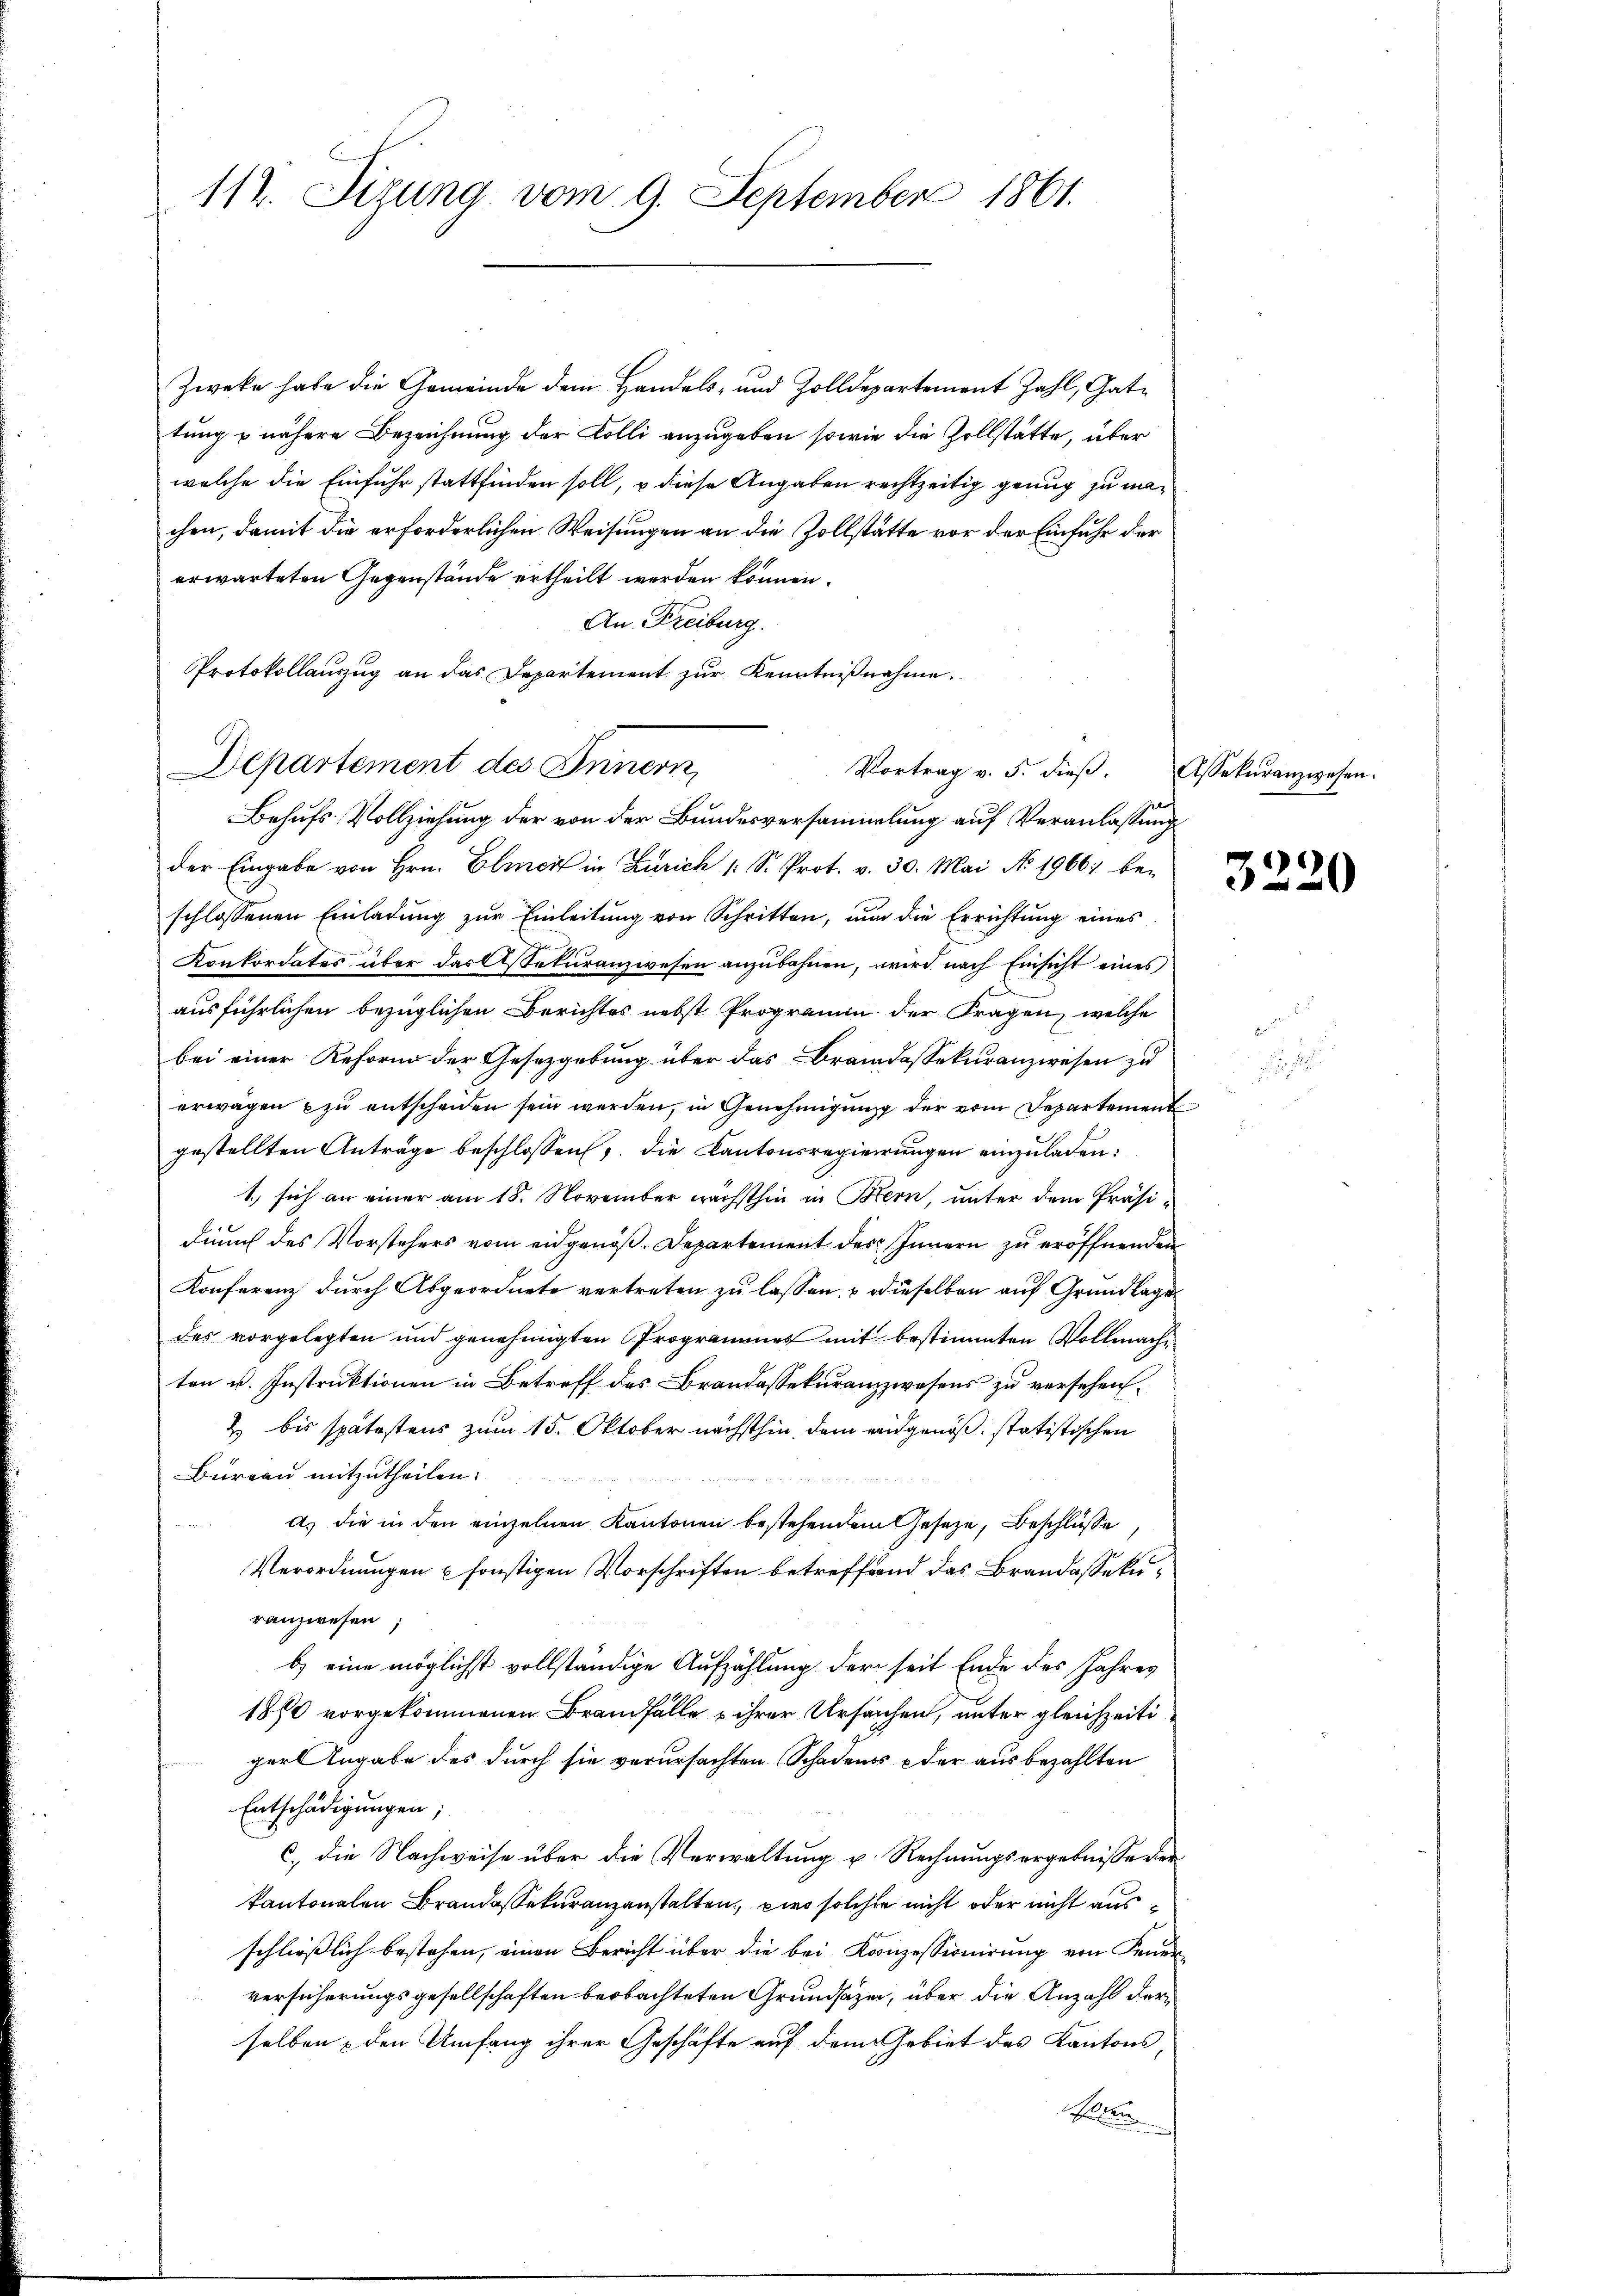
112. Sizung vom 9. September 1861.

Zwecke habe die Gemeinde dem Handels- und Zolldepartement Zahl, Gattung u nähere Bezeichnung der Kolli anzugeben, sowie die Zollstätte, über
welche die Einfuhr stattfinden soll, u diese Angaben rechtzeitig genug zu machen, damit die erforderlichen Weisungen an die Zollstätte vor der Einfuhr der
erwarteten Gegenstände ertheilt werden können.
An Freiburg.
Protokollanzug an das Departement zur Kenntnißnahme.
Departement des Innern,
Behufs Vollziehung der von der Bundesversammlung auf Veranlassung
der Eingabe von Hrn. Elmer in Zürich 1 S. Prot. v. 30. Mai No 19667 be-
schlossenen Einladung zur Einleitung von Schritten, nun die Errichtung eines
Konkordates über das Assekuranzwesen anzubahnen, wird nach Einsicht eines
ausführlichen bezüglichen Berichtes nebst Programm der Fragen, welche
bei einer Reform der Gesetzgebung über das Brandassekuranzwesen zu
erwägen zu entscheiden sein werden, in Genehmigung der vom Departement
gestellten Anträge beschlossen, die Kantonsregierungen einzuladen:
1.) sich an einer am 18. November nächsthin in Bern, unter dem Präsidurch des Vorstehers vom eidgenöß. Departement des Innern zu eröffnenden
Konferenz durch Abgeordnete vertreten zu lassen, & dieselben auf Grundlage
des vorgelegten und genehmigten Programmes mit bestimmten Vollmachten u. Instruktionen in Betreff des Brandassekuranzwesens zu versehen.
2 bis spätestens zum 15. Oktober nächsthin, dem eidgenöß statistischen
Büreau mitzutheilen.

A. die in den einzelnen Kantonen bestehendem Geseze, Beschlüsse
Verordnungen u sonstigen Vorschriften betreffend das Brandassekuranzwesen.
b) eine möglichst vollständige Aufzählung der seit Ende des Jahres
1880 vorgekommenen Brandfälle u ihrer Ursachen, unter gleichzeitiger Angabe des durch sie verursachten Schadens der aus bezahlten
Entschädigungen;
C. die Nachweise über die Verwaltung u. Rechnungsergebnisse der
kantonalen Brandassekuranzanstalten, wir solche nicht oder nicht ausschließlich bestehen, einen Bericht über die bei Konzessionirung von Feuer
versicherungsgesellschaften beobachteten Grundsätzen, über die Anzahl derselben & den Umfang ihrer Geschäfte auf dem Gebiet des Kantons
Ellen

Vortrag v. 5. dieß.

Assekuranzwesen.

3220